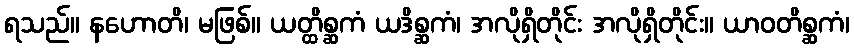
ရသည်။ နဟောတိ၊ မဖြစ်။ ယတ္ထိစ္ဆကံ ယဒိစ္ဆကံ၊ အလိုရှိတိုင်း အလိုရှိတိုင်း။ ယာဝတိစ္ဆကံ၊